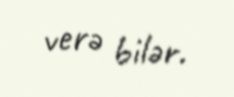
verə bilər.